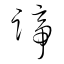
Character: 諦